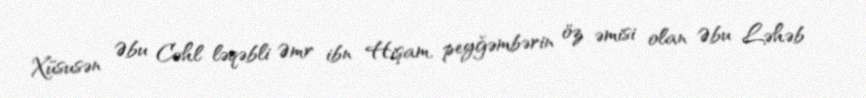
Xüsusən Əbu Cəhl ləqəbli Əmr ibn Hişam, peyğəmbərin öz əmisi olan Əbu Ləhəb